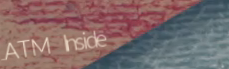
ATM Inside